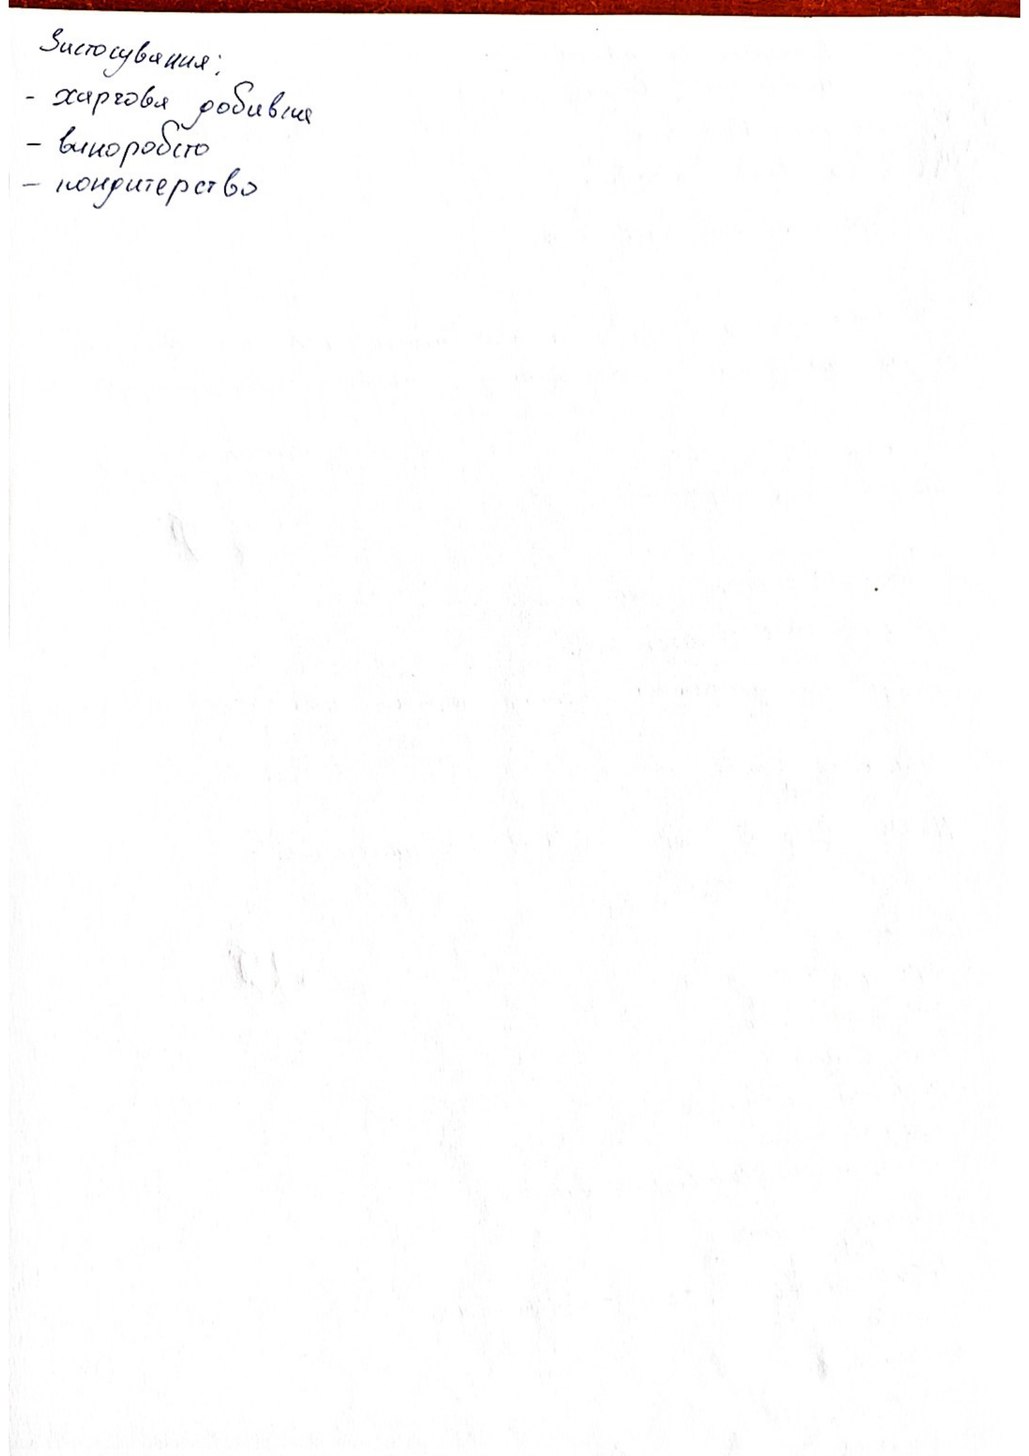
Застосування:
харчова добавка
- виноробство
- кондитерство